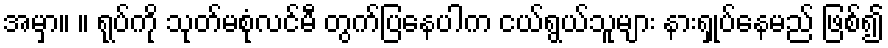
အမှာ။ ။ ရုပ်ကို သုတ်မစုံလင်မီ တွက်ပြနေပါက ငယ်ရွယ်သူများ နားရှုပ်နေမည် ဖြစ်၍